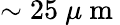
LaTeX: \sim 25~\mu\mathrm{~m~}